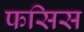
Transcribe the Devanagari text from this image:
फसिस